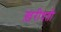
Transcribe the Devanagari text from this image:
ख़रीदती